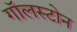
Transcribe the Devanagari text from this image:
गॉलस्टोन